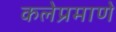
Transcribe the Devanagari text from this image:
कलेप्रमाणे